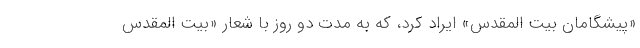
«پیشگامان بیت المقدس» ایراد کرد، که به مدت دو روز با شعار «بیت المقدس